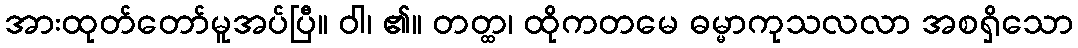
အားထုတ်တော်မူအပ်ပြီ။ ဝါ၊ ၏။ တတ္ထ၊ ထိုကတမေ ဓမ္မာကုသလလာ အစရှိသော